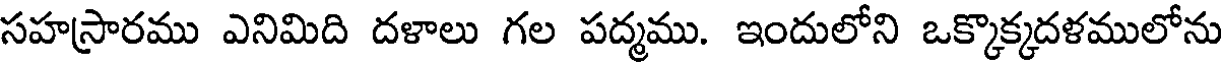
సహస్రారము ఎనిమిది దళాలు గల పద్మము. ఇందులోని ఒక్కొక్కదళములోను